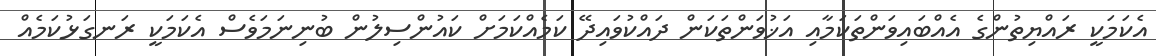
އެކަމަކީ ރައްޔިތުންގެ އެއްބައިވަންތަކަމާއި އަޚުވަންތަކަން ދައްކުވައިދޭ ކަމެއްކަމަށް ކައުންސިލުން ބުނިނަމަވެސް އެކަމަކީ ރަނގަޅުކަމެއް